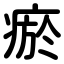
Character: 瘀